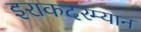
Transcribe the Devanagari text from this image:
इराकदरम्यान